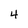
Character: 4